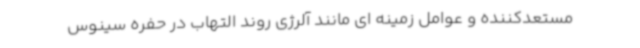
مستعدکننده و عوامل زمینه ای مانند آلرژی روند التهاب در حفره سینوس